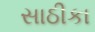
સાઠીકા